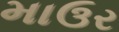
માઉર